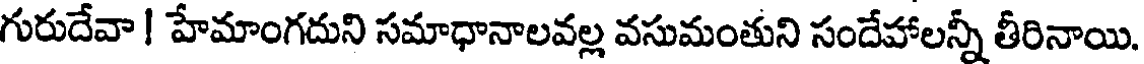
గురుదేవా ! హేమాంగదుని సమాధానాలవల్ల వసుమంతుని సందేహాలన్నీ తీరినాయి.